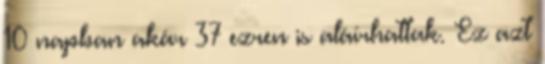
10 napban akár 37 ezren is aláírhattak. Ez azt